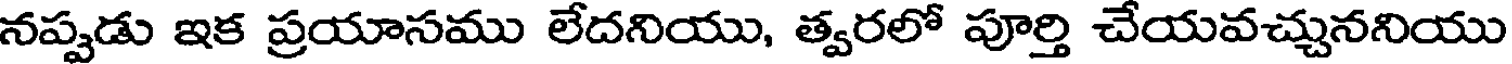
నప్పడు ఇక ప్రయాసము లేదనియు, త్వరలో పూర్తి చేయవచ్చుననియు